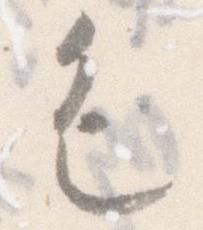
色